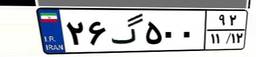
۲۶گ۵۰۰۹۲